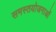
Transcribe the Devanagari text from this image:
समस्तयोजनाओं